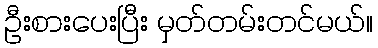
ဦးစားပေးပြီး မှတ်တမ်းတင်မယ်။